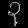
Digit: ၃